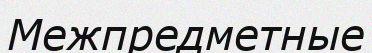
Межпредметные